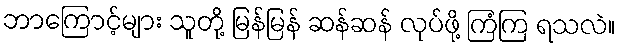
ဘာကြောင့်များ သူတို့ မြန်မြန် ဆန်ဆန် လုပ်ဖို့ ကြံကြ ရသလဲ။